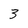
Character: 3